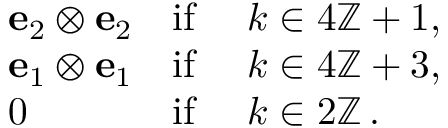
\begin{array} { r l r l } & { { \mathbf { e } } _ { 2 } \otimes { \mathbf { e } } _ { 2 } } & { \mathrm { i f } } & { \ k \in 4 \ensuremath { \mathbb { Z } } + 1 , } \\ & { { \mathbf { e } } _ { 1 } \otimes { \mathbf { e } } _ { 1 } } & { \mathrm { i f } } & { \ k \in 4 \ensuremath { \mathbb { Z } } + 3 , } \\ & { 0 } & { \mathrm { i f } } & { \ k \in 2 \ensuremath { \mathbb { Z } } \, . } \end{array}